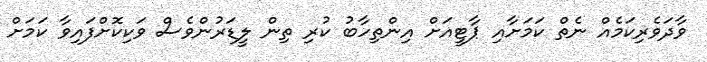
ވާދަވެރިކަމެއް ނެތް ކަމަށާއި ޕާޓީއަށް އިންތިހާބު ކުރި ތިން ލީޑަރުންވެސް ވަކިކޮށްފައިވާ ކަމަށް